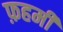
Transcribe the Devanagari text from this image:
फ़हमी